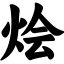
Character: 烩